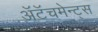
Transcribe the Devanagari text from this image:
अॅटॅचमेन्ट्‌स